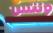
ونتس